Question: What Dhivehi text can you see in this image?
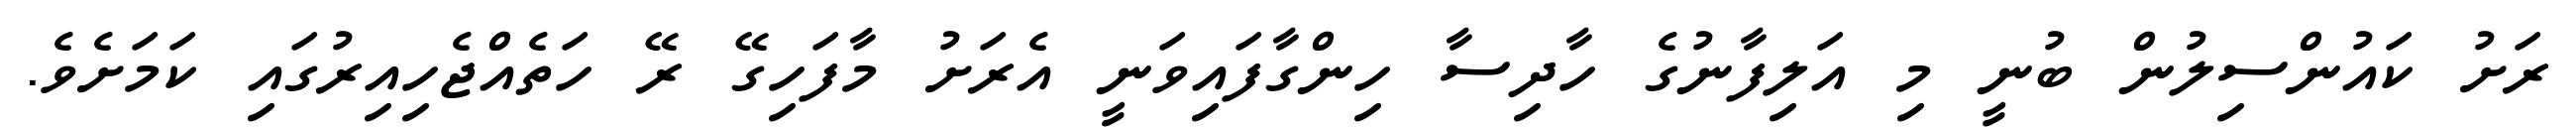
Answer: ރަށު ކައުންސިލުން ބުނީ މި އަލިފާނުގެ ހާދިސާ ހިންގާފައިވަނީ އެރަށު މާފަހިގޭ ރޭ ހަތެއްޖެހިއިރުގައި ކަމަށެވެ.